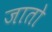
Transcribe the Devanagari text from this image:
जाताे